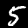
Label: 5